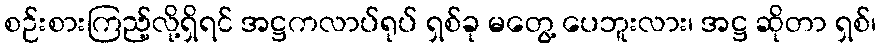
စဉ်းစားကြည့်လို့ရှိရင် အဋ္ဌကလာပ်ရုပ် ရှစ်ခု မတွေ့ ပေဘူးလား၊ အဋ္ဌ ဆိုတာ ရှစ်၊